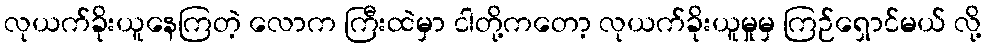
လုယက်ခိုးယူနေကြတဲ့ လောက ကြီးထဲမှာ ငါတို့ကတော့ လုယက်ခိုးယူမှုမှ ကြဉ်ရှောင်မယ် လို့